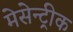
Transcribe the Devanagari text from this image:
मेसेन्ट्रीक